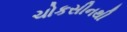
ચોકસીનથી